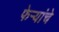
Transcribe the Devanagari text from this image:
फेर्‍यांचे